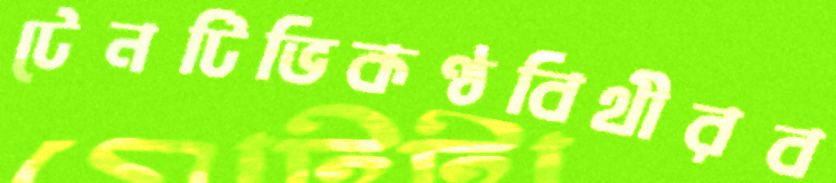
টেনটিভিকণ্ঠবিথীরব